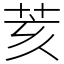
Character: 荄